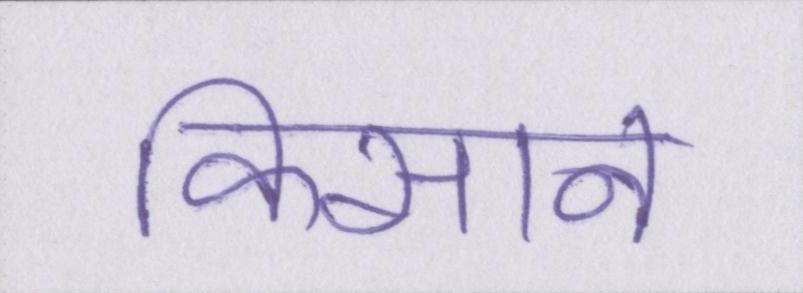
किसान